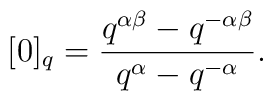
[0]_q= \frac{q^{\alpha\beta}-q^{-\alpha\beta}}{q^\alpha - q^{-\alpha}} .